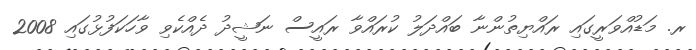
ރ. މަޑުއްވަރީގައި ރައްޔިތުންނާ ބައްދަލު ކުރައްވާ ރައީސް ނަޝީދު ދެއްކެވި ވާހަކަފުޅުގައި 2008